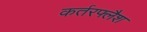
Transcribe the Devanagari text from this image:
कर्तरफ्लैश